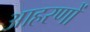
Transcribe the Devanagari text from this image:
आहरणों